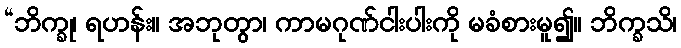
“ဘိက္ခု၊ ရဟန်း။ အဘုတွာ၊ ကာမဂုဏ်ငါးပါးကို မခံစားမူ၍။ ဘိက္ခသိ၊